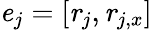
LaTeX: \textbf{\textit{e}}_{j}=[\textbf{\textit{r}}_{j},\textbf{\textit{r}}_{j,x}]